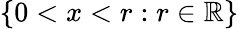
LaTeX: \{ 0<x<r:r\in\mathbb{R}\}